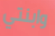
وابنتي